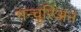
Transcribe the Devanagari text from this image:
मन्चुरिअन